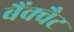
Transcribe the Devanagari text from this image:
बैंक्वैट